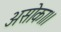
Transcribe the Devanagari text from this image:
असोका।।